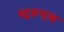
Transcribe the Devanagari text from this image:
स्टूडन्ट्स